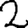
Digit: 2